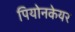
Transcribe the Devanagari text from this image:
पियोनकेयर